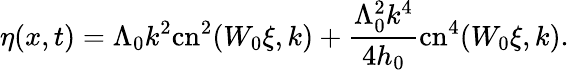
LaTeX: \eta(x,t)=\Lambda_{0}k^{2}\mathrm{cn}^{2}(W_{0}\xi,k)+\frac{\Lambda_{0}^{2}k^{4}}{4h_{0}}\mathrm{cn}^{4}(W_{0}\xi,k).